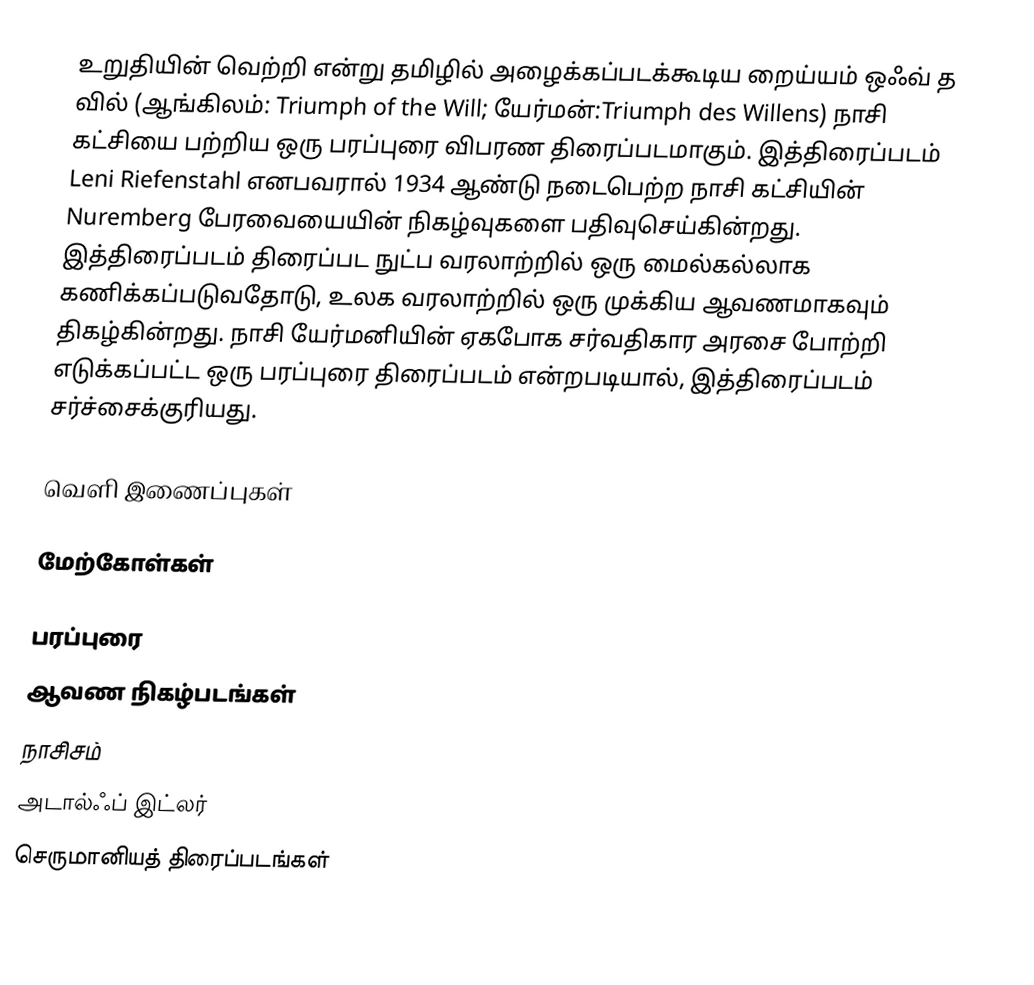
உறுதியின் வெற்றி என்று தமிழில் அழைக்கப்படக்கூடிய றைய்யம் ஒஃவ் த வில் (ஆங்கிலம்: Triumph of the Will; யேர்மன்:Triumph des Willens) நாசி கட்சியை பற்றிய ஒரு பரப்புரை விபரண திரைப்படமாகும். இத்திரைப்படம் Leni Riefenstahl எனபவரால் 1934 ஆண்டு நடைபெற்ற நாசி கட்சியின் Nuremberg பேரவையையின் நிகழ்வுகளை பதிவுசெய்கின்றது. இத்திரைப்படம் திரைப்பட நுட்ப வரலாற்றில் ஒரு மைல்கல்லாக கணிக்கப்படுவதோடு, உலக வரலாற்றில் ஒரு முக்கிய ஆவணமாகவும் திகழ்கின்றது. நாசி யேர்மனியின் ஏகபோக சர்வதிகார அரசை போற்றி எடுக்கப்பட்ட ஒரு பரப்புரை திரைப்படம் என்றபடியால், இத்திரைப்படம் சர்ச்சைக்குரியது.

வெளி இணைப்புகள்

மேற்கோள்கள்

பரப்புரை
ஆவண நிகழ்படங்கள்
நாசிசம்
அடால்ஃப் இட்லர்
செருமானியத் திரைப்படங்கள்